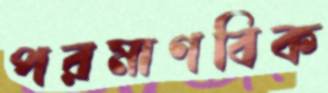
পরমাণবিক